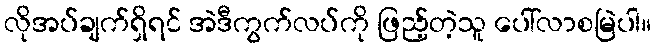
လိုအပ်ချက်ရှိရင် အဲဒီကွက်လပ်ကို ဖြည့်တဲ့သူ ပေါ်လာစမြဲပါ။